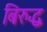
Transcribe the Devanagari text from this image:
बिरुद्ध